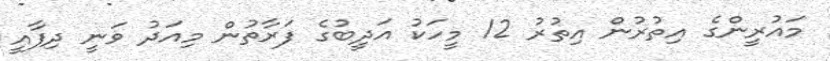
މައުރީންގެ އިތުރުން އިތުރު 12 މީހަކު އަދީބުގެ ފަރާތުން މިއަދު ވަނީ ދިފާއީ